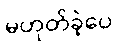
မဟုတ်ခဲ့ပေ